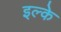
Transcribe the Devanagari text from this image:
इल्के